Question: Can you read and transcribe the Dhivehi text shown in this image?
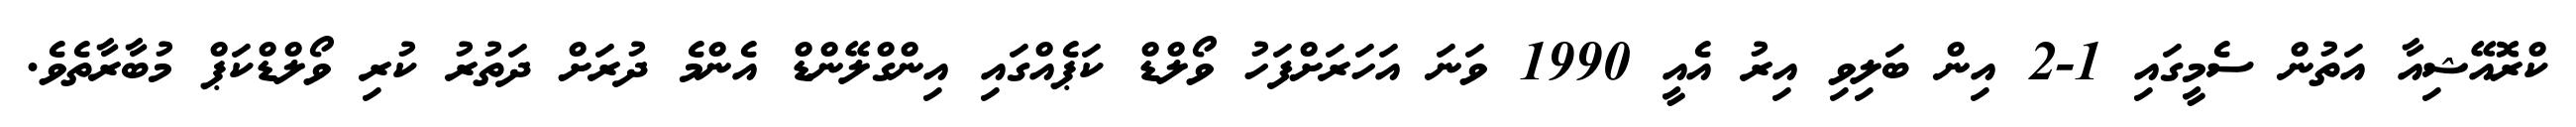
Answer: ކްރޮއޭޝިއާ އަތުން ސެމީގައި 1-2 އިން ބަލިވި އިރު އެއީ 1990 ވަނަ އަހަރަށްފަހު ވޯލްޑް ކަޕެއްގައި އިންގްލޭންޑް އެންމެ ދުރަށް ދަތުރު ކުރި ވޯލްޑްކަޕް މުބާރާތެވެ.